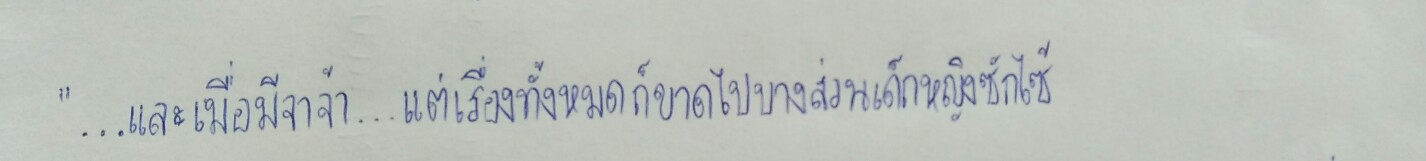
"...และเมื่อมีจาจ้า...แต่เรื่องทั้งหมดก็ขาดไปบางส่วนเด็กหญิงซักไซ้